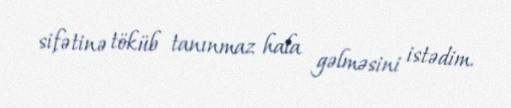
sifətinə töküb tanınmaz hala gəlməsini istədim.